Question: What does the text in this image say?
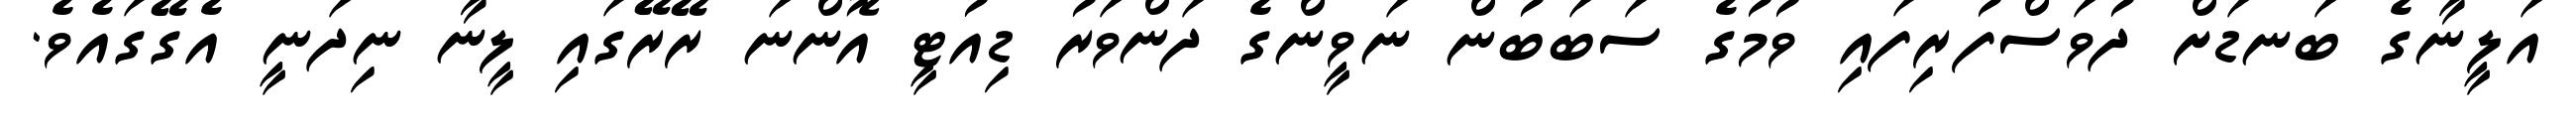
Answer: އަލީނާގެ ބަނޑަށް ދުވަސްފުރިފައި ވުމުގެ ސަބަބުން ނަވީންގެ ދަންވަރު ޑިއުޓީ އޮންނަ ރޭރޭގައި ލީނާ ނިދަނީ އެގޭގައެވެ.